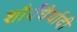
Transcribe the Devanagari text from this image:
शौर्यधैर्यादी